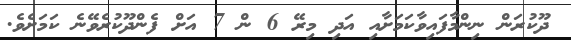
ދޫކުރަން ނިންމާފައިވާކަމަށާއި އަދި މިރޭ 6 ން 7 އަށް ފެންދޫކުރެވޭނެ ކަަމަށެވެ.